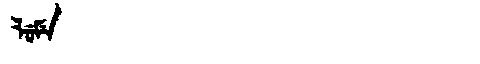
Manchu: ᠯᡠᠮᡝ
Romanization: LUME